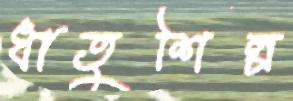
ধাতুশিল্প